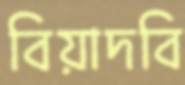
বিয়াদবি